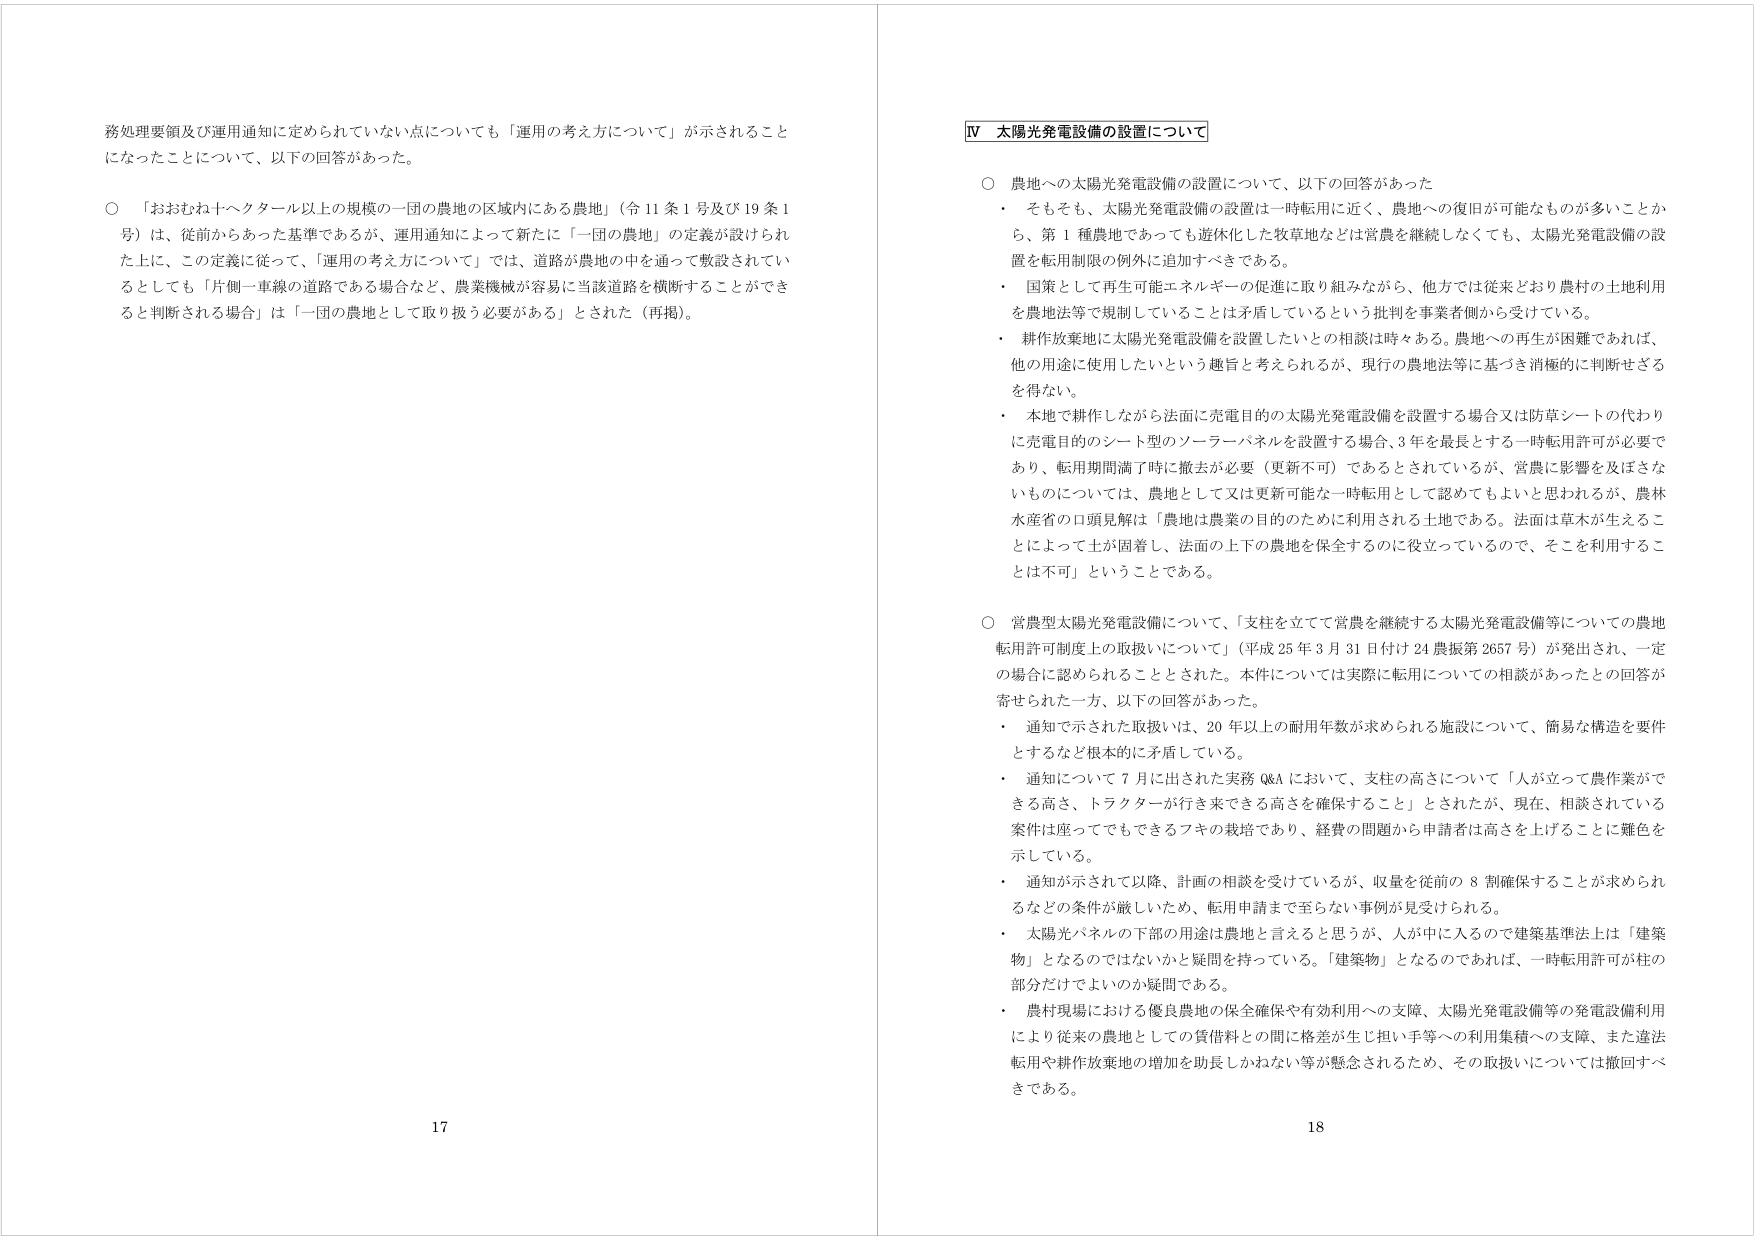
務処理要領及び運用通知に定められていない点についても「運用の考え方について」が示されることになったことについて、以下の回答があった。

○ 「おおむね十ヘクタール以上の規模の一団の農地の区域内にある農地」（令11条1号及び19条1号）は、従前からあった基準であるが、運用通知によって新たに「一団の農地」の定義が設けられた上に、この定義に従って、「運用の考え方について」では、道路が農地の中を通って敷設されているとしても「片側一車線の道路である場合など、農業機械が容易に当該道路を横断することができる」と判断される場合は「一団の農地として取り扱う必要がある」とされた（再掲）。

Ⅳ 太陽光発電設備の設置について

○ 農地への太陽光発電設備の設置について、以下の回答があった
・ そもそも、太陽光発電設備の設置は一時転用に近く、農地への復旧が可能なものが多いことから、第1種農地であっても遊休化した牧草地などは営農を継続しなくても、太陽光発電設備の設置を転用制限の例外に追加すべきである。
・ 国策として再生可能エネルギーの促進に取り組みながら、他方では従来どおり農村の土地利用を農地法等で規制していることは矛盾しているという批判を事業者側から受けている。
・ 耕作放棄地に太陽光発電設備を設置したいとの相談は時々ある。農地への再生が困難であれば、他の用途に使用したいという趣旨と考えられるが、現行の農地法等に基づき消極的に判断せざるを得ない。
・ 本地で耕作しながら法面に充電目的の太陽光発電設備を設置する場合又は防草シートの代わりに充電目的のシート型のソーラーパネルを設置する場合、3年を最長とする一時転用許可が必要であり、転用期間満了時に撤去が必要（更新不可）であるとされているが、営農に影響を及ぼさないものについては、農地として又は更新可能な一時転用として認めてもよいと思われるが、農林水産省の口頭見解は「農地は農業の目的のために利用される土地である。法面は草木が生えることによって土が固着し、法面の上下の農地を保全するのに役立っているので、それを利用することは不可」ということである。

○ 営農型太陽光発電設備について、「支柱を立てて営農を継続する太陽光発電設備等についての農地転用許可制度上の取扱いについて」（平成25年3月31日付け24農振第2657号）が発出され、一定の場合に認められることとされた。本件については実際に転用についての相談があったとの回答が寄せられた一方、以下の回答があった。
・ 通知で示された取扱いは、20年以上の耐用年数が求められる施設について、簡易な構造を要件とするなど根本的に矛盾している。
・ 通知について7月に出された実務Q&Aにおいて、支柱の高さについて「人が立って農作業ができる高さ、トラクターが行き来できる高さを確保すること」とされたが、現在、相談されている案件は座ってでもできるフキの栽培であり、経費の問題から申請者は高さを上げることに難色を示している。
・ 通知が示されて以降、計画の相談を受けているが、収量を従前の8割確保することが求められるなどの条件が厳しいため、転用申請まで至らない事例が見受けられる。
・ 太陽光パネルの下部の用途は農地と言えると思うが、人が中に入るのでは建築基準法上は「建築物」となるのではないかと疑問を持っている。「建築物」となるのであれば、一時転用許可が柱の部分だけでよいのか疑問である。
・ 農村現場における優良農地の保全確保や有効利用への支障、太陽光発電設備等の発電設備利用により従来の農地としての賃借料との間に格差が生じ担い手等への利用集積への支障、また違法転用や耕作放棄地の増加を助長しかねない等が懸念されるため、その取扱いについては撤回すべきである。

17
18